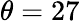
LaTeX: \theta=27